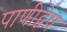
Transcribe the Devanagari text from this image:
पाणीद्वेष